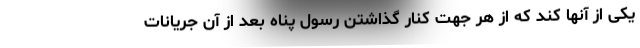
یکی از آنها کند که از هر جهت کنار گذاشتن رسول پناه بعد از آن جریانات